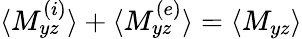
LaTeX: \langle M_{yz}^{(i)}\rangle+\langle M_{yz}^{(e)}\rangle=\langle M_{yz}\rangle